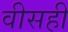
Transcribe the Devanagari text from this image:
वीसही